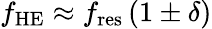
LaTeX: f_{\mathrm{HE}}\approx f_{\mathrm{res}}\left(1\pm\delta\right)